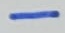
Text: -